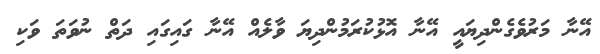
އޭނާ މަރުވެގެންދިޔައީ އޭނާ އޮޅުކުރަމުންދިޔަ ވާލެއް އޭނާ ގައިގައި ދަތް ނުވަތަ ވަކި